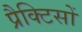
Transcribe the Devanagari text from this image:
प्रैक्टिसों